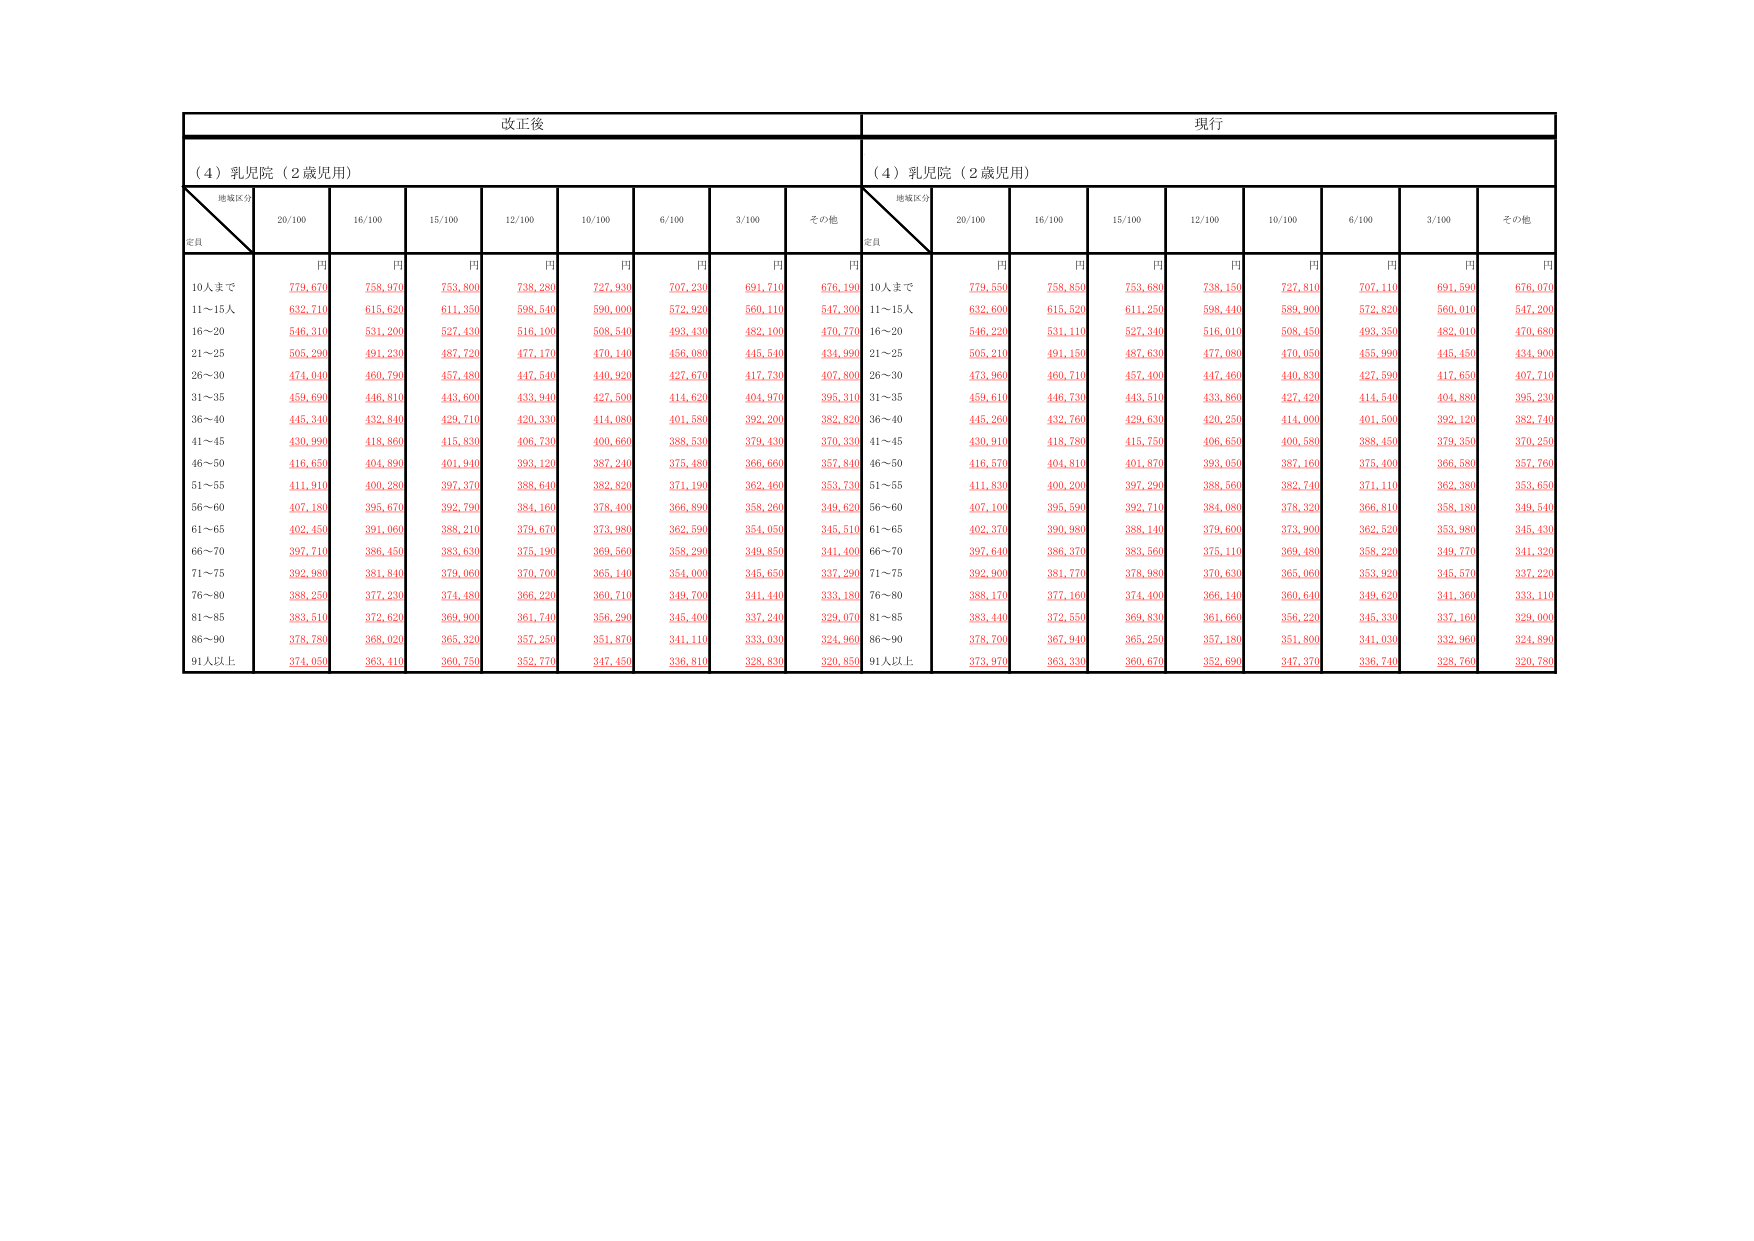
改正後
現行
（４）乳児院（２歳児用）
（４）乳児院（２歳児用）
地域区分
定員
20/100
16/100
15/100
12/100
10/100
6/100
3/100
その他
地域区分
定員
20/100
16/100
15/100
12/100
10/100
6/100
3/100
その他
円
円
円
円
円
円
円
円
円
円
円
円
円
円
円
円
円
円
10人まで
779,670
758,970
753,800
738,280
727,930
707,230
691,710
676,190
10人まで
779,550
758,850
753,680
738,150
727,810
707,110
691,590
676,070
11～15人
632,710
615,620
611,350
598,540
590,000
572,920
560,110
547,300
11～15人
632,600
615,520
611,250
598,440
589,900
572,820
560,010
547,200
16～20
546,310
531,200
527,430
516,100
508,540
493,430
482,100
470,770
16～20
546,220
531,110
527,340
516,010
508,450
493,350
482,010
470,680
21～25
505,290
491,230
487,720
477,170
470,140
456,080
445,540
434,990
21～25
505,210
491,150
487,630
477,080
470,050
455,990
445,450
434,900
26～30
474,040
460,790
457,480
447,540
440,920
427,670
417,730
407,800
26～30
473,960
460,710
457,400
447,460
440,830
427,590
417,650
407,710
31～35
459,690
446,810
443,600
433,940
427,500
414,620
404,970
395,310
31～35
459,610
446,730
443,510
433,860
427,420
414,540
404,880
395,230
36～40
445,340
432,840
429,710
420,330
414,080
401,580
392,200
382,820
36～40
445,260
432,760
429,630
420,250
414,000
401,500
392,120
382,740
41～45
430,990
418,860
415,830
406,730
400,660
388,530
379,430
370,330
41～45
430,910
418,780
415,750
406,650
400,580
388,450
379,350
370,250
46～50
416,650
404,890
401,940
393,120
387,240
375,480
366,660
357,840
46～50
416,570
404,810
401,870
393,050
387,160
375,400
366,580
357,760
51～55
411,910
400,280
397,370
388,640
382,820
371,190
362,460
353,730
51～55
411,830
400,200
397,290
388,560
382,740
371,110
362,380
353,650
56～60
407,180
395,670
392,790
384,160
378,400
366,890
358,260
349,620
56～60
407,100
395,590
392,710
384,080
378,320
366,810
358,180
349,540
61～65
402,450
391,060
388,210
379,670
373,980
362,590
354,050
345,510
61～65
402,370
390,980
388,140
379,600
373,900
362,520
353,980
345,430
66～70
397,710
386,450
383,630
375,190
369,560
358,290
349,850
341,400
66～70
397,640
386,370
383,560
375,110
369,480
358,220
349,770
341,320
71～75
392,980
381,840
379,060
370,700
365,140
354,000
345,650
337,290
71～75
392,900
381,770
378,980
370,630
365,060
353,920
345,570
337,220
76～80
388,250
377,230
374,480
366,220
360,710
349,700
341,440
333,180
76～80
388,170
377,160
374,400
366,140
360,640
349,620
341,360
333,110
81～85
383,510
372,620
369,900
361,740
356,290
345,400
337,240
329,070
81～85
383,440
372,550
369,830
361,660
356,220
345,330
337,160
329,000
86～90
378,780
368,020
365,320
357,250
351,870
341,110
333,030
324,960
86～90
378,700
367,940
365,250
357,180
351,800
341,030
332,960
324,890
91人以上
374,050
363,410
360,750
352,770
347,450
336,810
328,830
320,850
91人以上
373,970
363,330
360,670
352,690
347,370
336,740
328,760
320,780